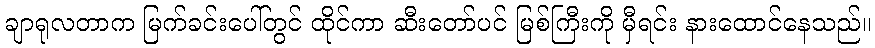
ချာရုလတာက မြက်ခင်းပေါ်တွင် ထိုင်ကာ ဆီးတော်ပင် မြစ်ကြီးကို မှီရင်း နားထောင်နေသည်။